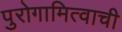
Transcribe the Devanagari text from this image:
पुरोगामित्वाची